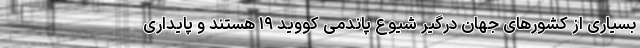
بسیاری از کشورهای جهان درگیر شیوع پاندمی کووید ۱۹ هستند و پایداری